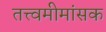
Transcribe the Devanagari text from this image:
तत्त्वमीमांसक